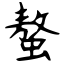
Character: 螯